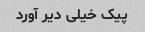
پیک خیلی دیر آورد